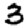
Digit: 3